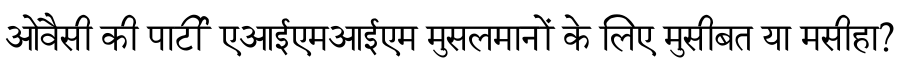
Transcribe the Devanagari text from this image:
ओवैसी की पार्टी एआईएमआईएम मुसलमानों के लिए मुसीबत या मसीहा?